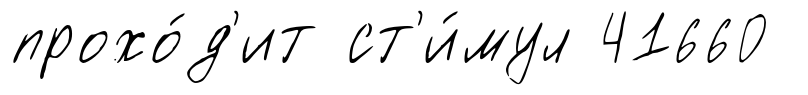
прохо́д'ит ст'и́мул 41660